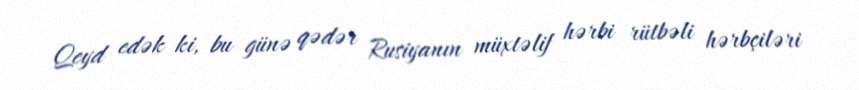
Qeyd edək ki, bu günə qədər Rusiyanın müxtəlif hərbi rütbəli hərbçiləri